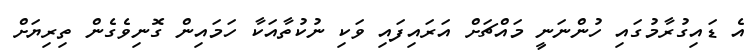
އެ ޑައިގުރާމުގައި ހުންނަނީ މައްޗަށް އަރައިފައި ވަކި ނުކުތާއަކާ ހަމައިން ގޮނިވެގެން ތިރިޔަށް